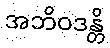
အဘိဝဒန္တိ